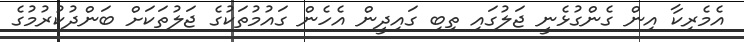
އެމެރިކާ އިން ގެންގުޅެނީ ޖަލުގައި ތިބި ގައިދީން އެހެން ގައުމުތަކުގެ ޖަލުތަކަށް ބަންދުކުރުމުގެ